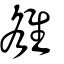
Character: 雒